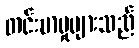
တင်းမာမှုများသည်